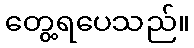
တွေ့ရပေသည်။